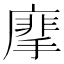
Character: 𢳁